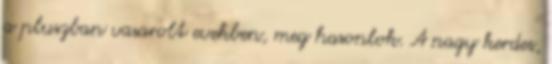
a pluszban vasarolt evekben, meg hasonlok. A nagy kerdes,